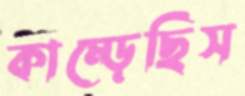
কাম্‌ড়েছিস